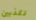
تكذبين